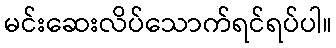
မင်းဆေးလိပ်သောက်ရင်ရပ်ပါ။